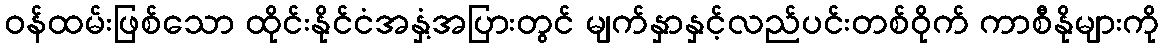
ဝန်ထမ်းဖြစ်သော ထိုင်းနိုင်ငံအနှံ့အပြားတွင် မျက်နှာနှင့်လည်ပင်းတစ်ဝိုက် ကာစီနိုများကို